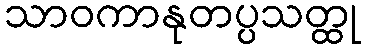
သာဝကာနုတပ္ပသတ္ထု